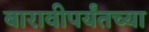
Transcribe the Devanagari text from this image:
बारावीपर्यँतच्या